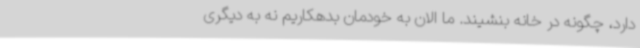
دارد، چگونه در خانه بنشیند. ما الان به خودمان بدهکاریم نه به دیگری